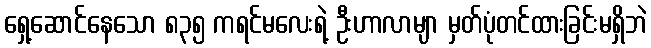
ရှေ့ဆောင်နေသော ၈၃၅ ကရင်မလေးရဲ့ ဦးဟာလာမျာ မှတ်ပုံတင်ထားခြင်းမရှိဘဲ